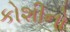
કોશીનો